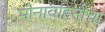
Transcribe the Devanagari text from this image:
मीनावहिनींचा